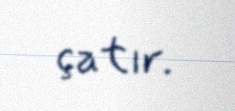
çatır.